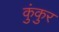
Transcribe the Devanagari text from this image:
कुंकुर